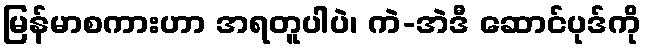
မြန်မာစကားဟာ အရတူပါပဲ၊ ကဲ-အဲဒီ ဆောင်ပုဒ်ကို